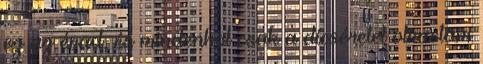
ez az évad, és mindenhol csak a dícséretet olvastam